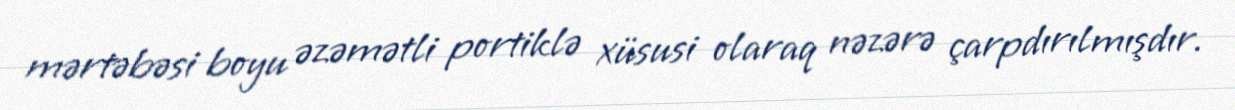
mərtəbəsi boyu əzəmətli portiklə xüsusi olaraq nəzərə çarpdırılmışdır.